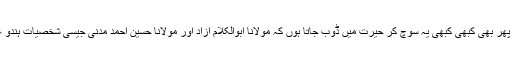
میں اپنی تاریخ کا معمولی سا طالبعلم ہوں پھر بھی کبھی کبھی یہ سوچ کر حیرت میں ڈوب جاتا ہوں کہ مولانا ابوالکلام آزاد اور مولانا حسین احمد مدنی جیسی شخصیات ہندو غلبہ کے مضمرات کیوں نہ سمجھ سکیں؟